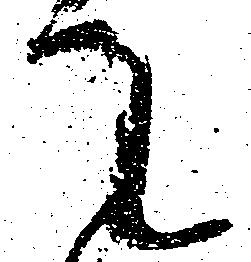
て